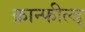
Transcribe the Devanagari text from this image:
क्रान्फील्ड्